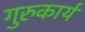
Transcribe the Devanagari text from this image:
गुरुकार्य